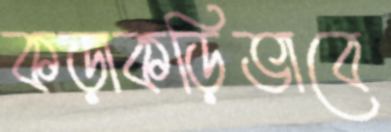
কড়াকড়িভাবে